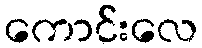
ကောင်းလေ